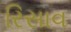
રિસાવ